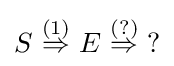
S\ {\overset {(1)}{\Rightarrow }}\ E\ {\overset {(?)}{\Rightarrow }}\ ?